Vaccine operations Central Provinces & Berar 1922-1929 - 1922-1929
Year: 1922
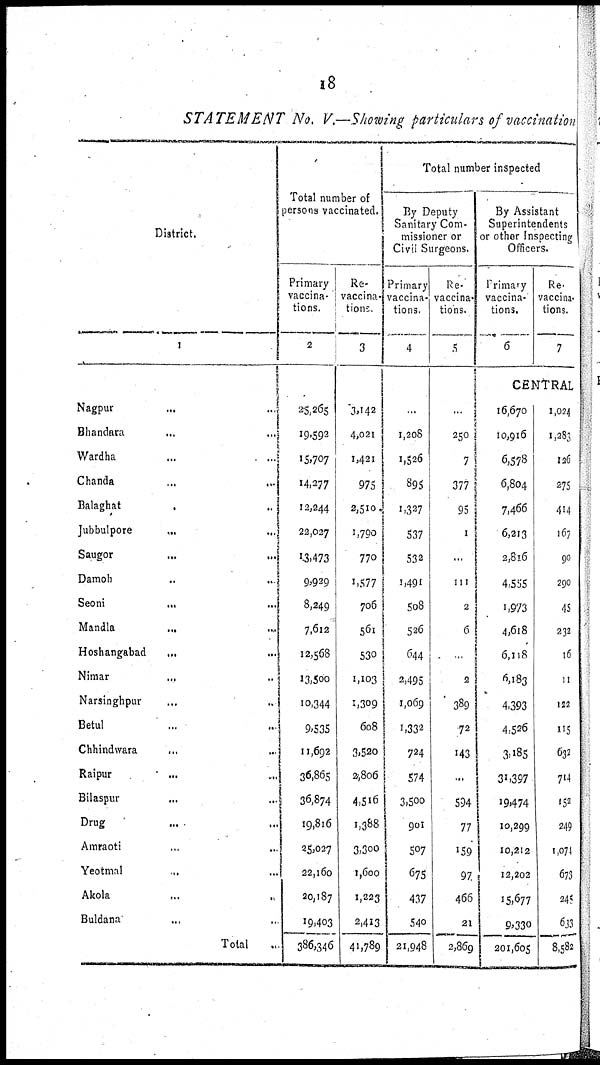
18
STATEMENT
No. V.—Showing particulars of vaccination
District.
1
Nagpur... ...
Bhandara...
...
Wardha...
...
Chanda...
...
Balaghat...
...
Jubbulpore... ...
Saugor... ...
Damoh... ...
Seoni...
...
Mandla... ...
Hoshangabad... ... ...
Nimar... ...
Narsinghpur... ...
Betul... ...
Chhindwara... ...
Raipur... ...
Bilaspur... ...
Drug... ...
Amraoti... ...
Yeotmal... ...
Akola... ...
Buldana... ...
Total...
Total number of
persons vaccinated.
Primary
vaccina-
tions.
2
25,265
19,592
15,707
14,277
12,244
22,027
13,473
9,929
8,249
7,612
12,568
13,500
10,344
9,535
11,692
36,865
36,874
19,816
25,027
22,160
20,187
19,403
386,346
Re-
vaccina-
tions.
3
3,142
4,021
1,421
975
2,510
1,790
770
1,577
706
561
530
1,103
1,309
608
3,520
2,806
4,516
1,388
3,300
1,600
1,223
2,413
41,789
Total number inspected
By Deputy
Sanitary Com-
missioner or
Civil Surgeons.
Primary
vaccina-
tions.
4
...
1,208
1,526
895
1,327
537
532
1,491
508
526
644
2,495
1,069
1,332
724
574
3,500
901
507
675
437
540
21,948
Re-
vaccina-
tions.
5
...
250
7
377
95
1
...
111
2
6
...
2
389
72
143
...
534
77
159
97
466
21
2,869
By Assistant
Superintendents
or other Inspecting
Officers.
Primary
vaccina-
tions.
6
Re
vaccina-
tions.
7
CENTRAL
16,670
10,916
6,578
6,804
7,466
6,213
2,816
4,555
1,973
4,618
6,118
6,183
4,393
4,526
3,185
31,397
19,474
10,299
10,212
12,202
15,677
9,330
201,605
1,024
1,283
126
275
414
167
90
290
45
232
16
11
122
115
632
714
152
249
1,074
673
245
633
8,582